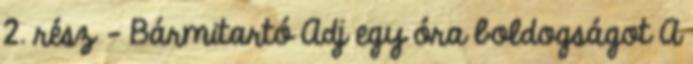
2. rész - Bármitartó Adj egy óra boldogságot A